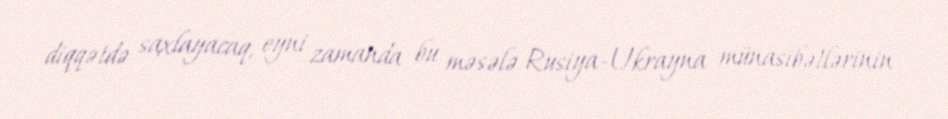
diqqətdə saxlayacaq, eyni zamanda bu məsələ Rusiya-Ukrayna münasibətlərinin